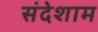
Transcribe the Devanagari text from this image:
संदेशाम